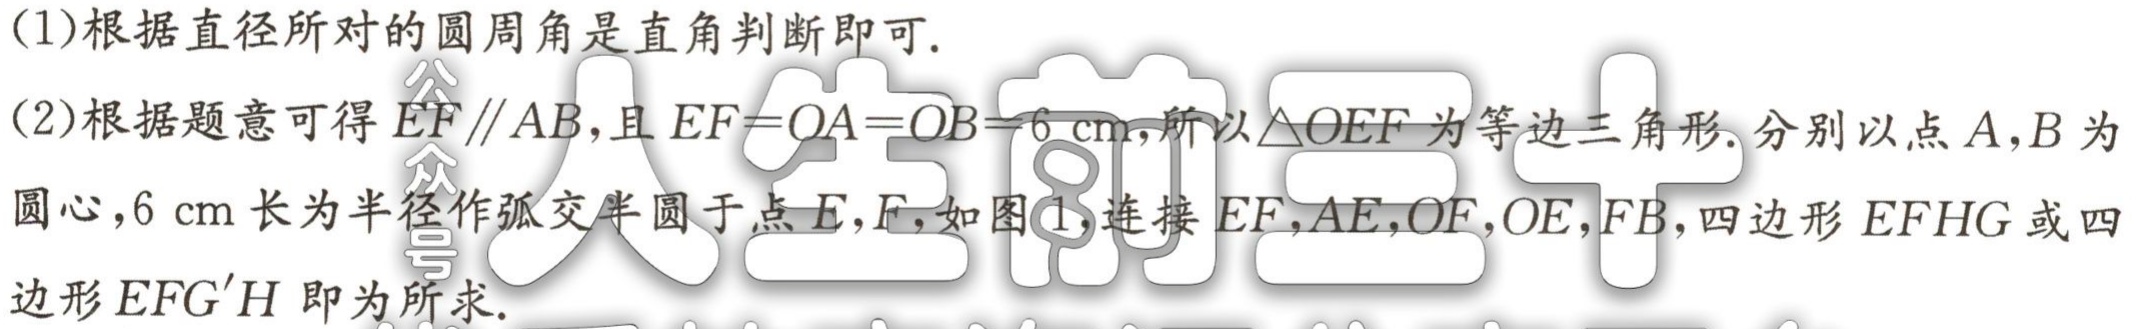
(1)根据直径所对的圆周角是直角判断即可.
(2)根据题意可得 \(EF\parallel AB\)，且 \(EF = OA=OB = 6\mathrm{cm}\)，所以\(\triangle OEF\)为等边三角形. 分别以点 \(A,B\) 为圆心，\(6\mathrm{cm}\) 长为半径作弧交半圆于点 \(E,F\)，如图1，连接 \(EF,AE,OF,OE,FB\)，四边形 \(EFHG\) 或四边形 \(EFG'H\) 即为所求.